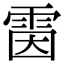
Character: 𩂥